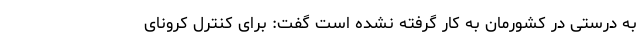
به درستی در کشورمان به کار گرفته نشده است گفت: برای کنترل کرونای